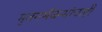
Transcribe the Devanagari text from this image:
मृतगर्भजन्मांचाही